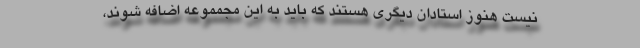
نیست هنوز استادان دیگری هستند که باید به این مجمموعه اضافه شوند،